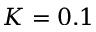
K = 0 . 1